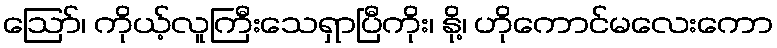
ဪ၊ ကိုယ့်လူကြီးသေရှာပြီကိုး၊ နို့၊ ဟိုကောင်မလေးကော